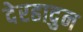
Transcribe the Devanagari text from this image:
देरहादुन